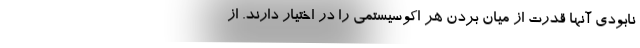
نابودی آنها قدرت از میان بردن هر اکوسیستمی را در اختیار دارند. از